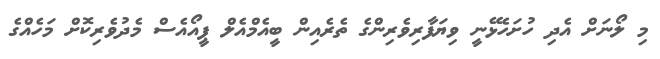
މި ލޯނަށް އެދި ހުށަހެޅޭނީ ވިޔަފާރިވެރިންގެ ތެރެއިން ބީއެމްއެލް ޕީއޯއެސް މެދުވެރިކޮށް މަހެއްގެ